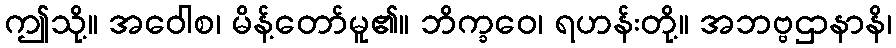
ဤသို့။ အဝေါစ၊ မိန့်တော်မူ၏။ ဘိက္ခဝေ၊ ရဟန်းတို့။ အဘဗ္ဗဌာနာနိ၊